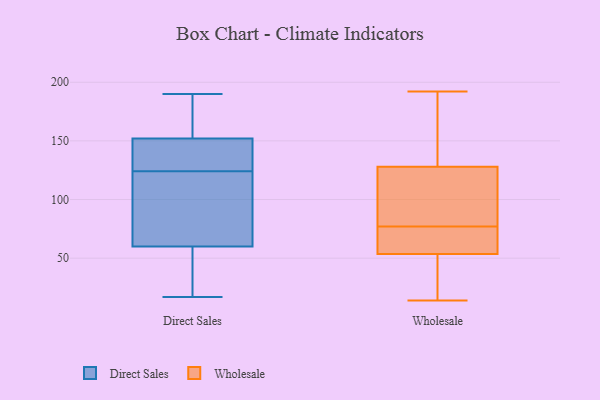
{"axis": {"x": "Tickets Resolved", "y": "Value"}, "legend": ["Direct Sales", "Wholesale"], "data": [{"x": "", "y": 190, "type": "Direct Sales"}, {"x": "", "y": 71, "type": "Direct Sales"}, {"x": "", "y": 123, "type": "Direct Sales"}, {"x": "", "y": 60, "type": "Direct Sales"}, {"x": "", "y": 155, "type": "Direct Sales"}, {"x": "", "y": 158, "type": "Direct Sales"}, {"x": "", "y": 109, "type": "Direct Sales"}, {"x": "", "y": 157, "type": "Direct Sales"}, {"x": "", "y": 133, "type": "Direct Sales"}, {"x": "", "y": 110, "type": "Direct Sales"}, {"x": "", "y": 141, "type": "Direct Sales"}, {"x": "", "y": 137, "type": "Direct Sales"}, {"x": "", "y": 152, "type": "Direct Sales"}, {"x": "", "y": 125, "type": "Direct Sales"}, {"x": "", "y": 17, "type": "Direct Sales"}, {"x": "", "y": 27, "type": "Direct Sales"}, {"x": "", "y": 36, "type": "Direct Sales"}, {"x": "", "y": 35, "type": "Direct Sales"}, {"x": "", "y": 186, "type": "Wholesale"}, {"x": "", "y": 49, "type": "Wholesale"}, {"x": "", "y": 14, "type": "Wholesale"}, {"x": "", "y": 83, "type": "Wholesale"}, {"x": "", "y": 85, "type": "Wholesale"}, {"x": "", "y": 66, "type": "Wholesale"}, {"x": "", "y": 54, "type": "Wholesale"}, {"x": "", "y": 146, "type": "Wholesale"}, {"x": "", "y": 53, "type": "Wholesale"}, {"x": "", "y": 168, "type": "Wholesale"}, {"x": "", "y": 64, "type": "Wholesale"}, {"x": "", "y": 59, "type": "Wholesale"}, {"x": "", "y": 20, "type": "Wholesale"}, {"x": "", "y": 71, "type": "Wholesale"}, {"x": "", "y": 112, "type": "Wholesale"}, {"x": "", "y": 87, "type": "Wholesale"}, {"x": "", "y": 192, "type": "Wholesale"}, {"x": "", "y": 89, "type": "Wholesale"}, {"x": "", "y": 44, "type": "Wholesale"}, {"x": "", "y": 144, "type": "Wholesale"}]}